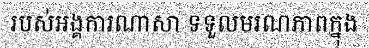
របស់អង្គការណាសា ទទួលមរណភាពក្នុង